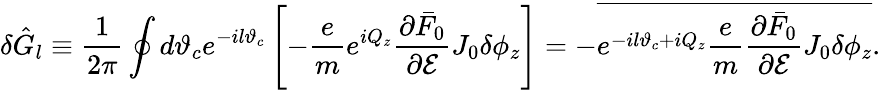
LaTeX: \delta\hat{G}_{l}\equiv\frac{1}{2\pi}\oint d\vartheta_{c}e^{-il\vartheta_{c}}\left[-\frac{e}{m}e^{iQ_{z}}\frac{\partial\bar{F}_{0}}{\partial\mathcal{E}}J_{0}\delta\phi_{z}\right]=-\overline{{e^{-il\vartheta_{c}+iQ_{z}}\frac{e}{m}\frac{\partial\bar{F}_{0}}{\partial\mathcal{E}}J_{0}\delta\phi_{z}}}.